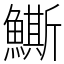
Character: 䲉